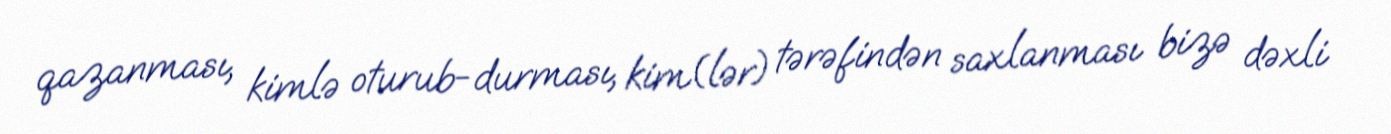
qazanması, kimlə oturub-durması, kim(lər) tərəfindən saxlanması bizə dəxli